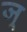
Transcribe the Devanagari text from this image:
ज्र्